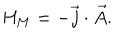
{ \it H } _ { M } = - \vec { j } \cdot \vec { A } .